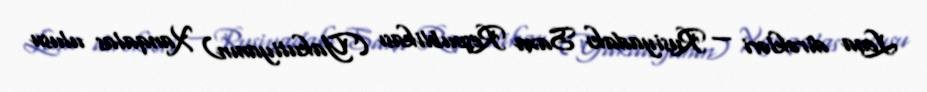
Lena dirəkləri — Rusiyadakı Saxa Respublikası (Yakutiyanın) Xanqalas ulusu